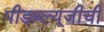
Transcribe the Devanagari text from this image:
पीडब्ल्यूजीची